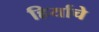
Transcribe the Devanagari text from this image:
हिर्याचे